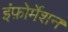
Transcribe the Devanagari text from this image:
इंफ़ोर्मेशन